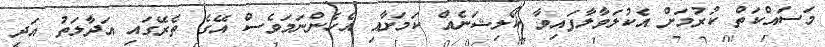
މަސައްކަތް ކުރުމަށް އެކުލަވާލާފައިވާ ކޯލިޝަނެއް ކަމަށާއި އެހެންނަމަވެސް އޭގެ ތެރޭގައި އަދާލަތު އަދި